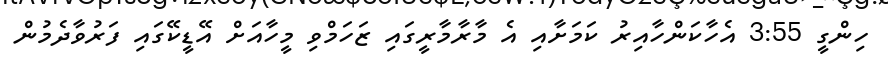
ހިންގީ 3:55 އެހާކަންހާއިރު ކަމަށާއި އެ މާރާމާރީގައި ޒަހަމްވި މީހާއަށް އޭޑީކޭގައި ފަރުވާދެމުން